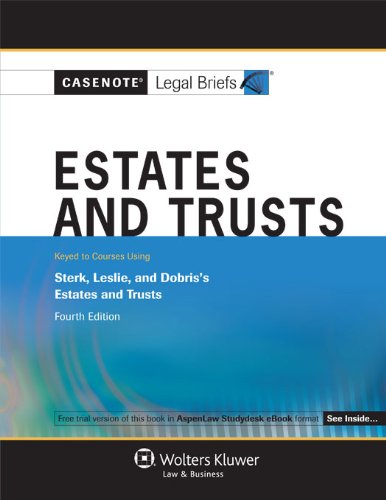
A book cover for Casenotes Legal Briefs: Wills Trusts & Estates Keyed to Sterk, Leslie, & Dobris, 4th Edition (Casenote Legal Briefs); Casenotes Legal Briefs; Law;